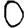
Digit: 0